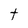
Character: t